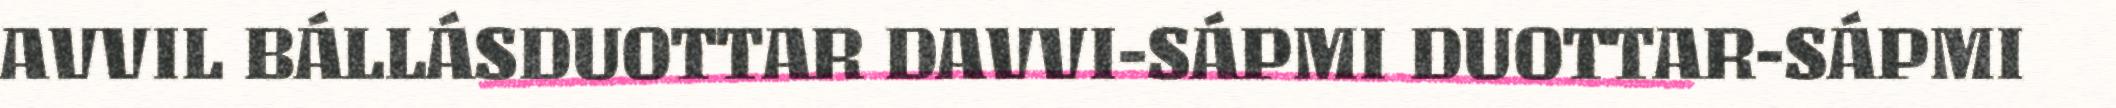
AVVIL BÁLLÁSDUOTTAR DAVVI-SÁPMI DUOTTAR-SÁPMI